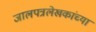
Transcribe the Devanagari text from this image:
जालपत्रलेखकांच्या